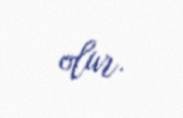
olur.